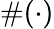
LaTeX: \# (\cdot)